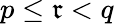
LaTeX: p\leq\mathfrak{r}<q